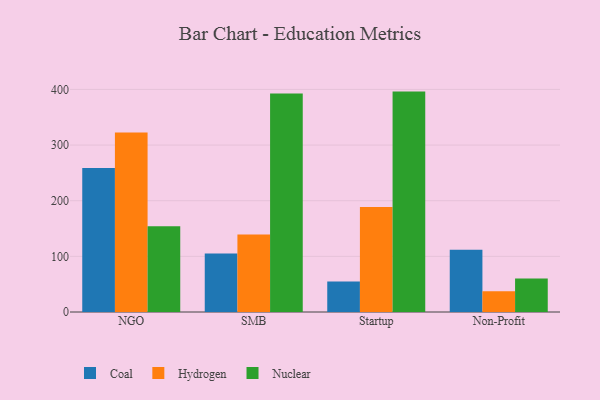
{"axis": {"x": "Segment", "y": "Gross Profit (USD K)"}, "legend": ["Coal", "Hydrogen", "Nuclear"], "data": [{"x": "NGO", "y": 258.6, "type": "Coal"}, {"x": "NGO", "y": 322.5, "type": "Hydrogen"}, {"x": "NGO", "y": 154.1, "type": "Nuclear"}, {"x": "SMB", "y": 105.0, "type": "Coal"}, {"x": "SMB", "y": 139.2, "type": "Hydrogen"}, {"x": "SMB", "y": 392.8, "type": "Nuclear"}, {"x": "Startup", "y": 54.6, "type": "Coal"}, {"x": "Startup", "y": 188.9, "type": "Hydrogen"}, {"x": "Startup", "y": 396.1, "type": "Nuclear"}, {"x": "Non-Profit", "y": 111.8, "type": "Coal"}, {"x": "Non-Profit", "y": 37.1, "type": "Hydrogen"}, {"x": "Non-Profit", "y": 60.0, "type": "Nuclear"}]}